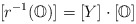
\begin{align*}[r^{-1}(\mathbb{O})] = [Y]\cdot [\mathbb{O}]\end{align*}